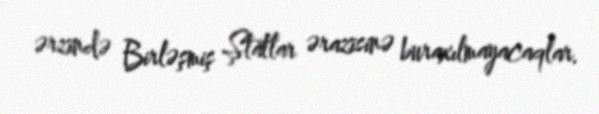
ərzində Birləşmiş Ştatlar ərazisinə buraxılmayacaqlar.